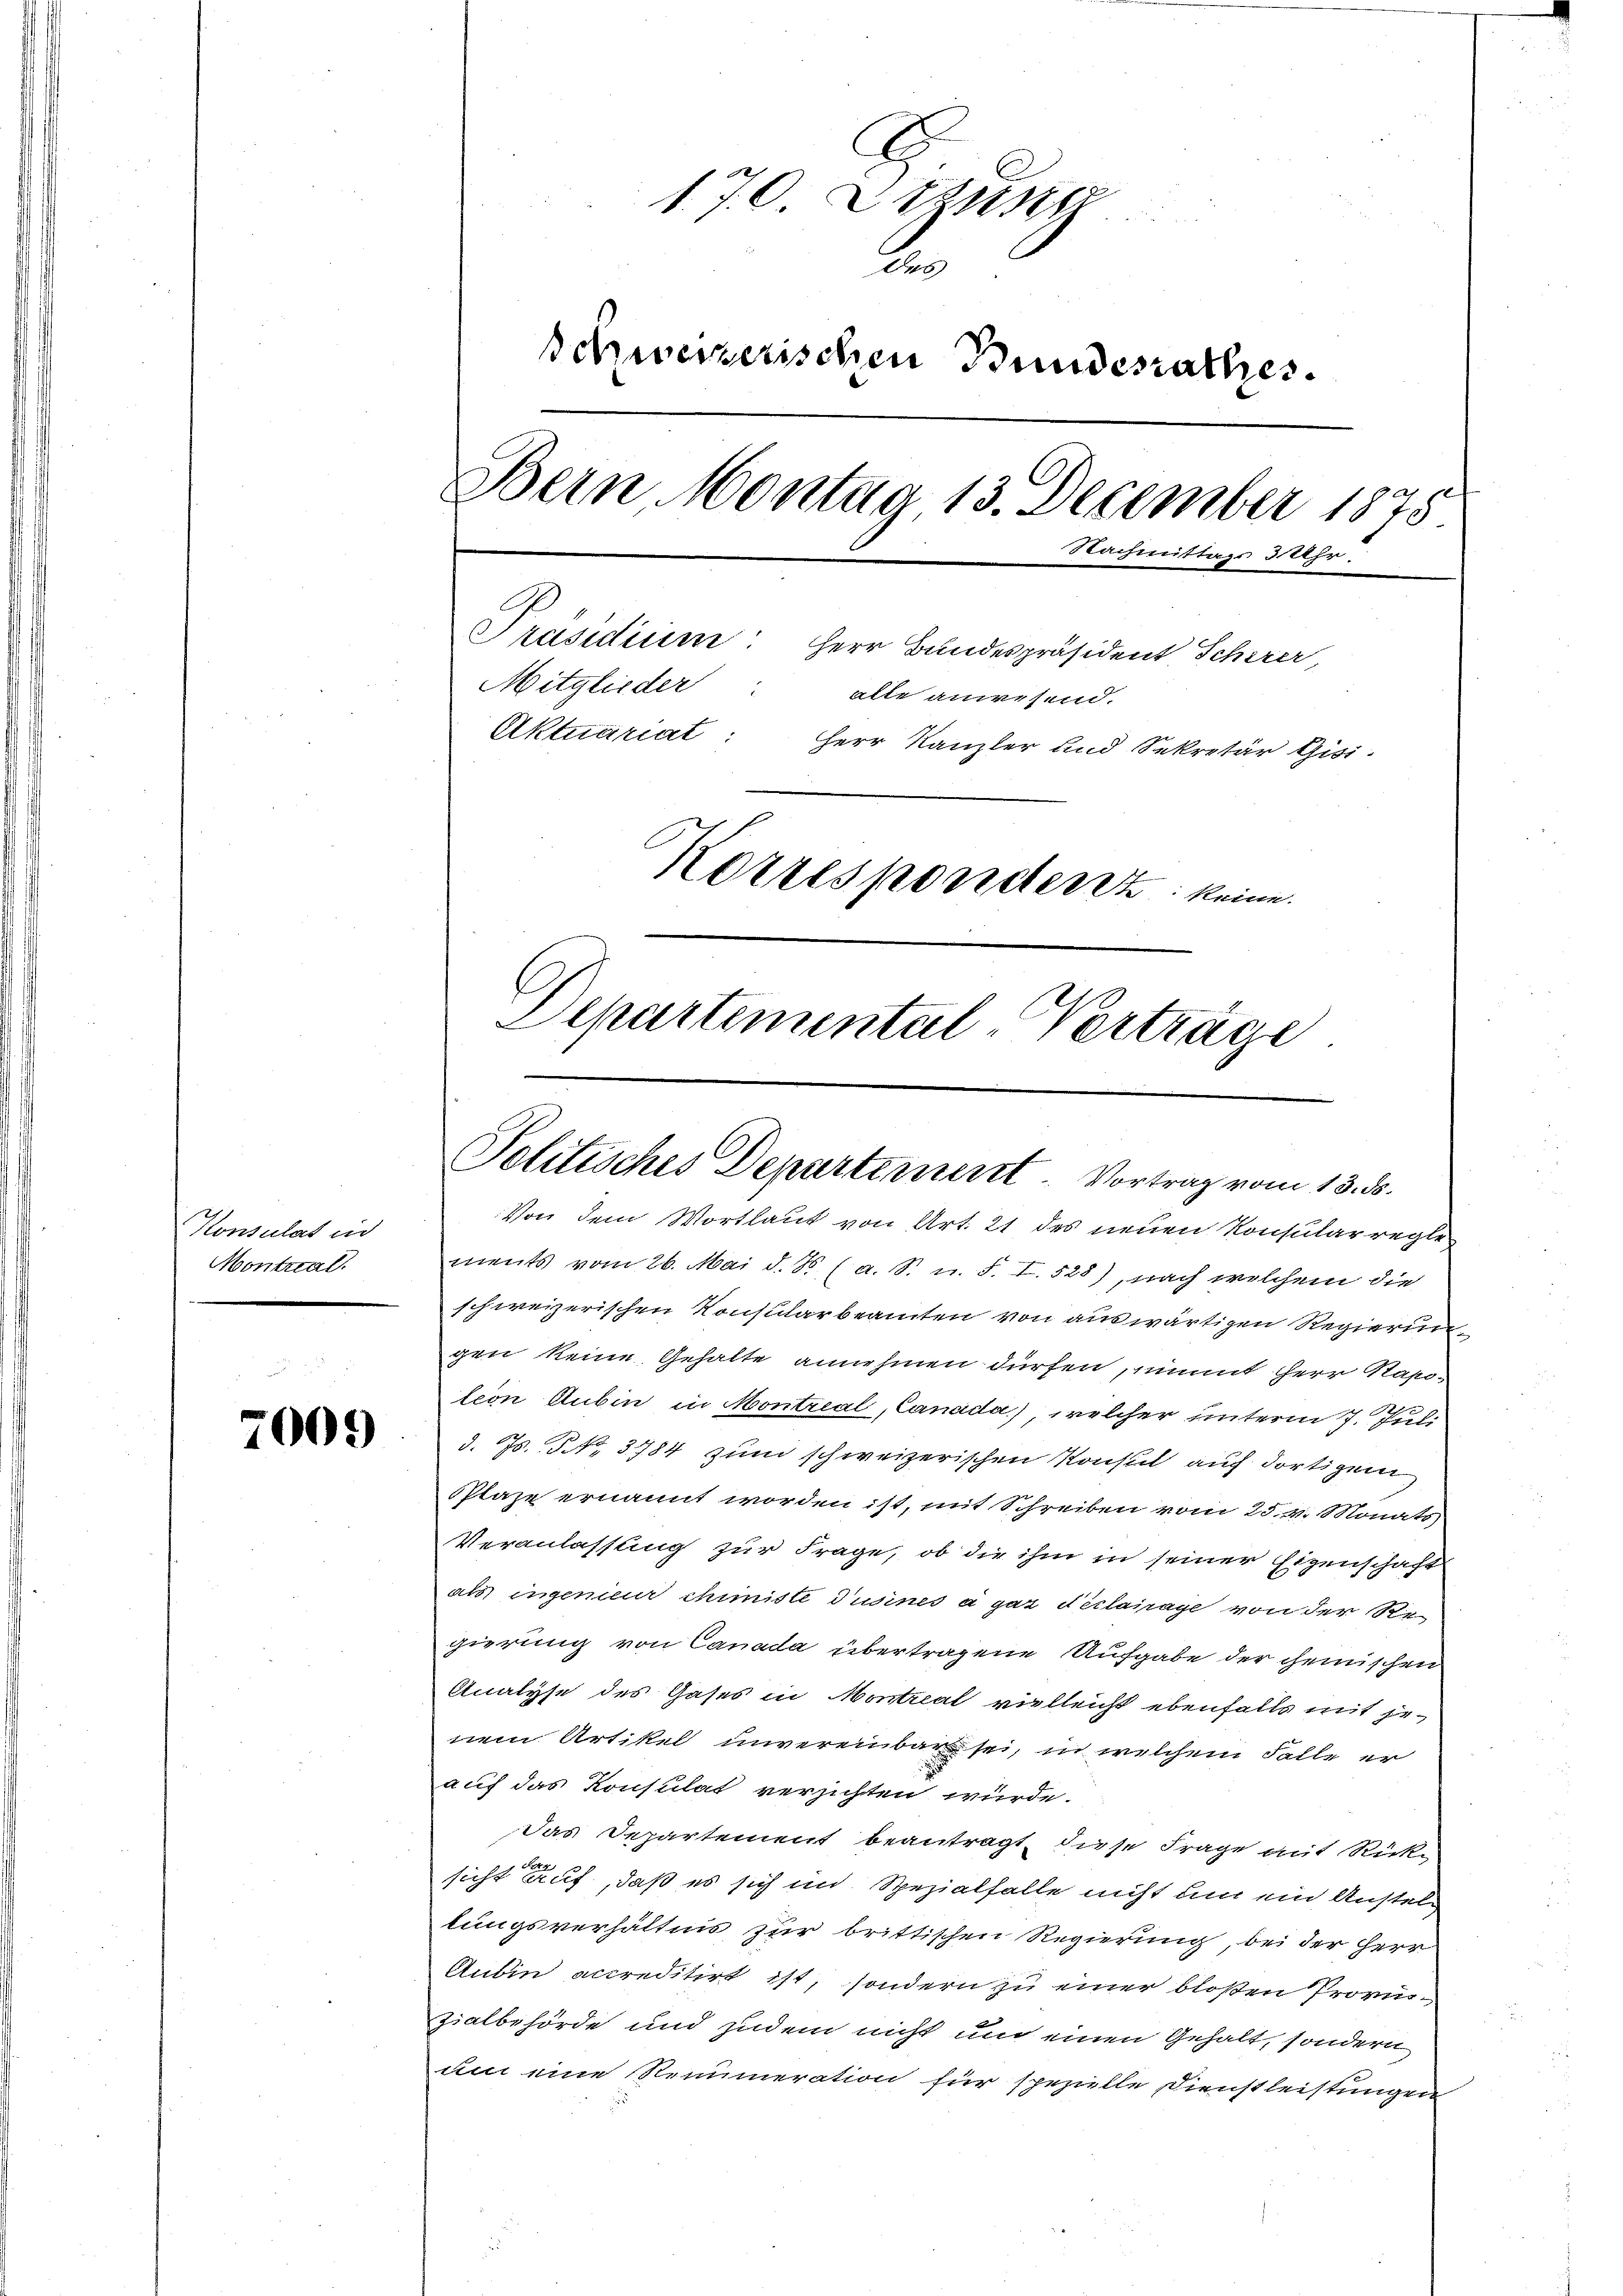
Konsulat und
Montrial.

7009

1.70 Etzuse
2.
Schweizerischen Bundesrathes.
Bein Montag, 13. December 1875
Her
chmittags 3 Uhr.
Präsidium: Herr Bundespräsident Scherer,
Mitglieder: alle anwesend.
Aktuariat: Herr Kanzler und Sekretär Gisi-
Korresponderst keine
Departemental-Verträge

Politisches Departement. Vortrag vom 13. ds.

Von dem Wortlaut von Art. 21 des neuen Konsularregle
ments vom 26. Mai d. M. (a. S. u. F. I. 528), nach welchem die
schweizerischen Konsularbeamten von auswärtigen Regierungen keine Gehalte annehmen dürfen, nimmt herr Rapotion dubin in Montreal, Candida), welcher unterm 7. Juli
d. Js. No. 3784 zum schweizerischen Konsul auf dortigem
Pflage ernannt worden ist, mit Schreiben vom 25. v. Monats
Veranlassung zur Frage, ob die ihm in seiner Eigenschaft
als ingenieur chimiste Pusines a gar déclarage von der Regierung von Canada übertragene Aufgabe der chemischen
Analyse des Gases in Montreal vielleicht ebenfalls mit jenem Artikel unvereinbar sei, in welchem Falle er
auf das Konsulat verzichten würde.
Das Departement beantragt, diese Frage mit Rücksicht auf, daß es sich im Spezialfalle nicht um ein Anstellungsverhältnis zur brittischen Regierung, bei der Herr
Andin accreditirt ist, sondern zu einer bloßen Provizialbehörde und zudem nicht und einen Gehalt, sondern
um eine Renumeration für spezielle Dienstleistungen